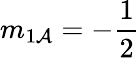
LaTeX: m_{1\mathcal{A}}=-\frac{{1}}{{2}}